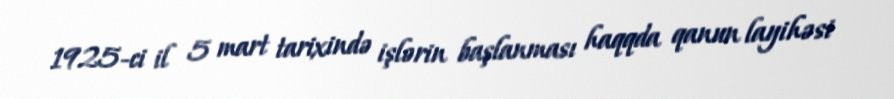
1925-ci il 5 mart tarixində işlərin başlanması haqqda qanun layihəsi